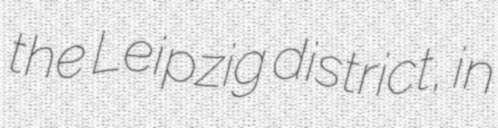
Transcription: the Leipzig district, in